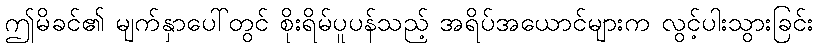
ဤမိခင်၏ မျက်နှာပေါ်တွင် စိုးရိမ်ပူပန်သည့် အရိပ်အယောင်များက လွင့်ပါးသွားခြင်း